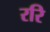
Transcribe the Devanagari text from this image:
ररि